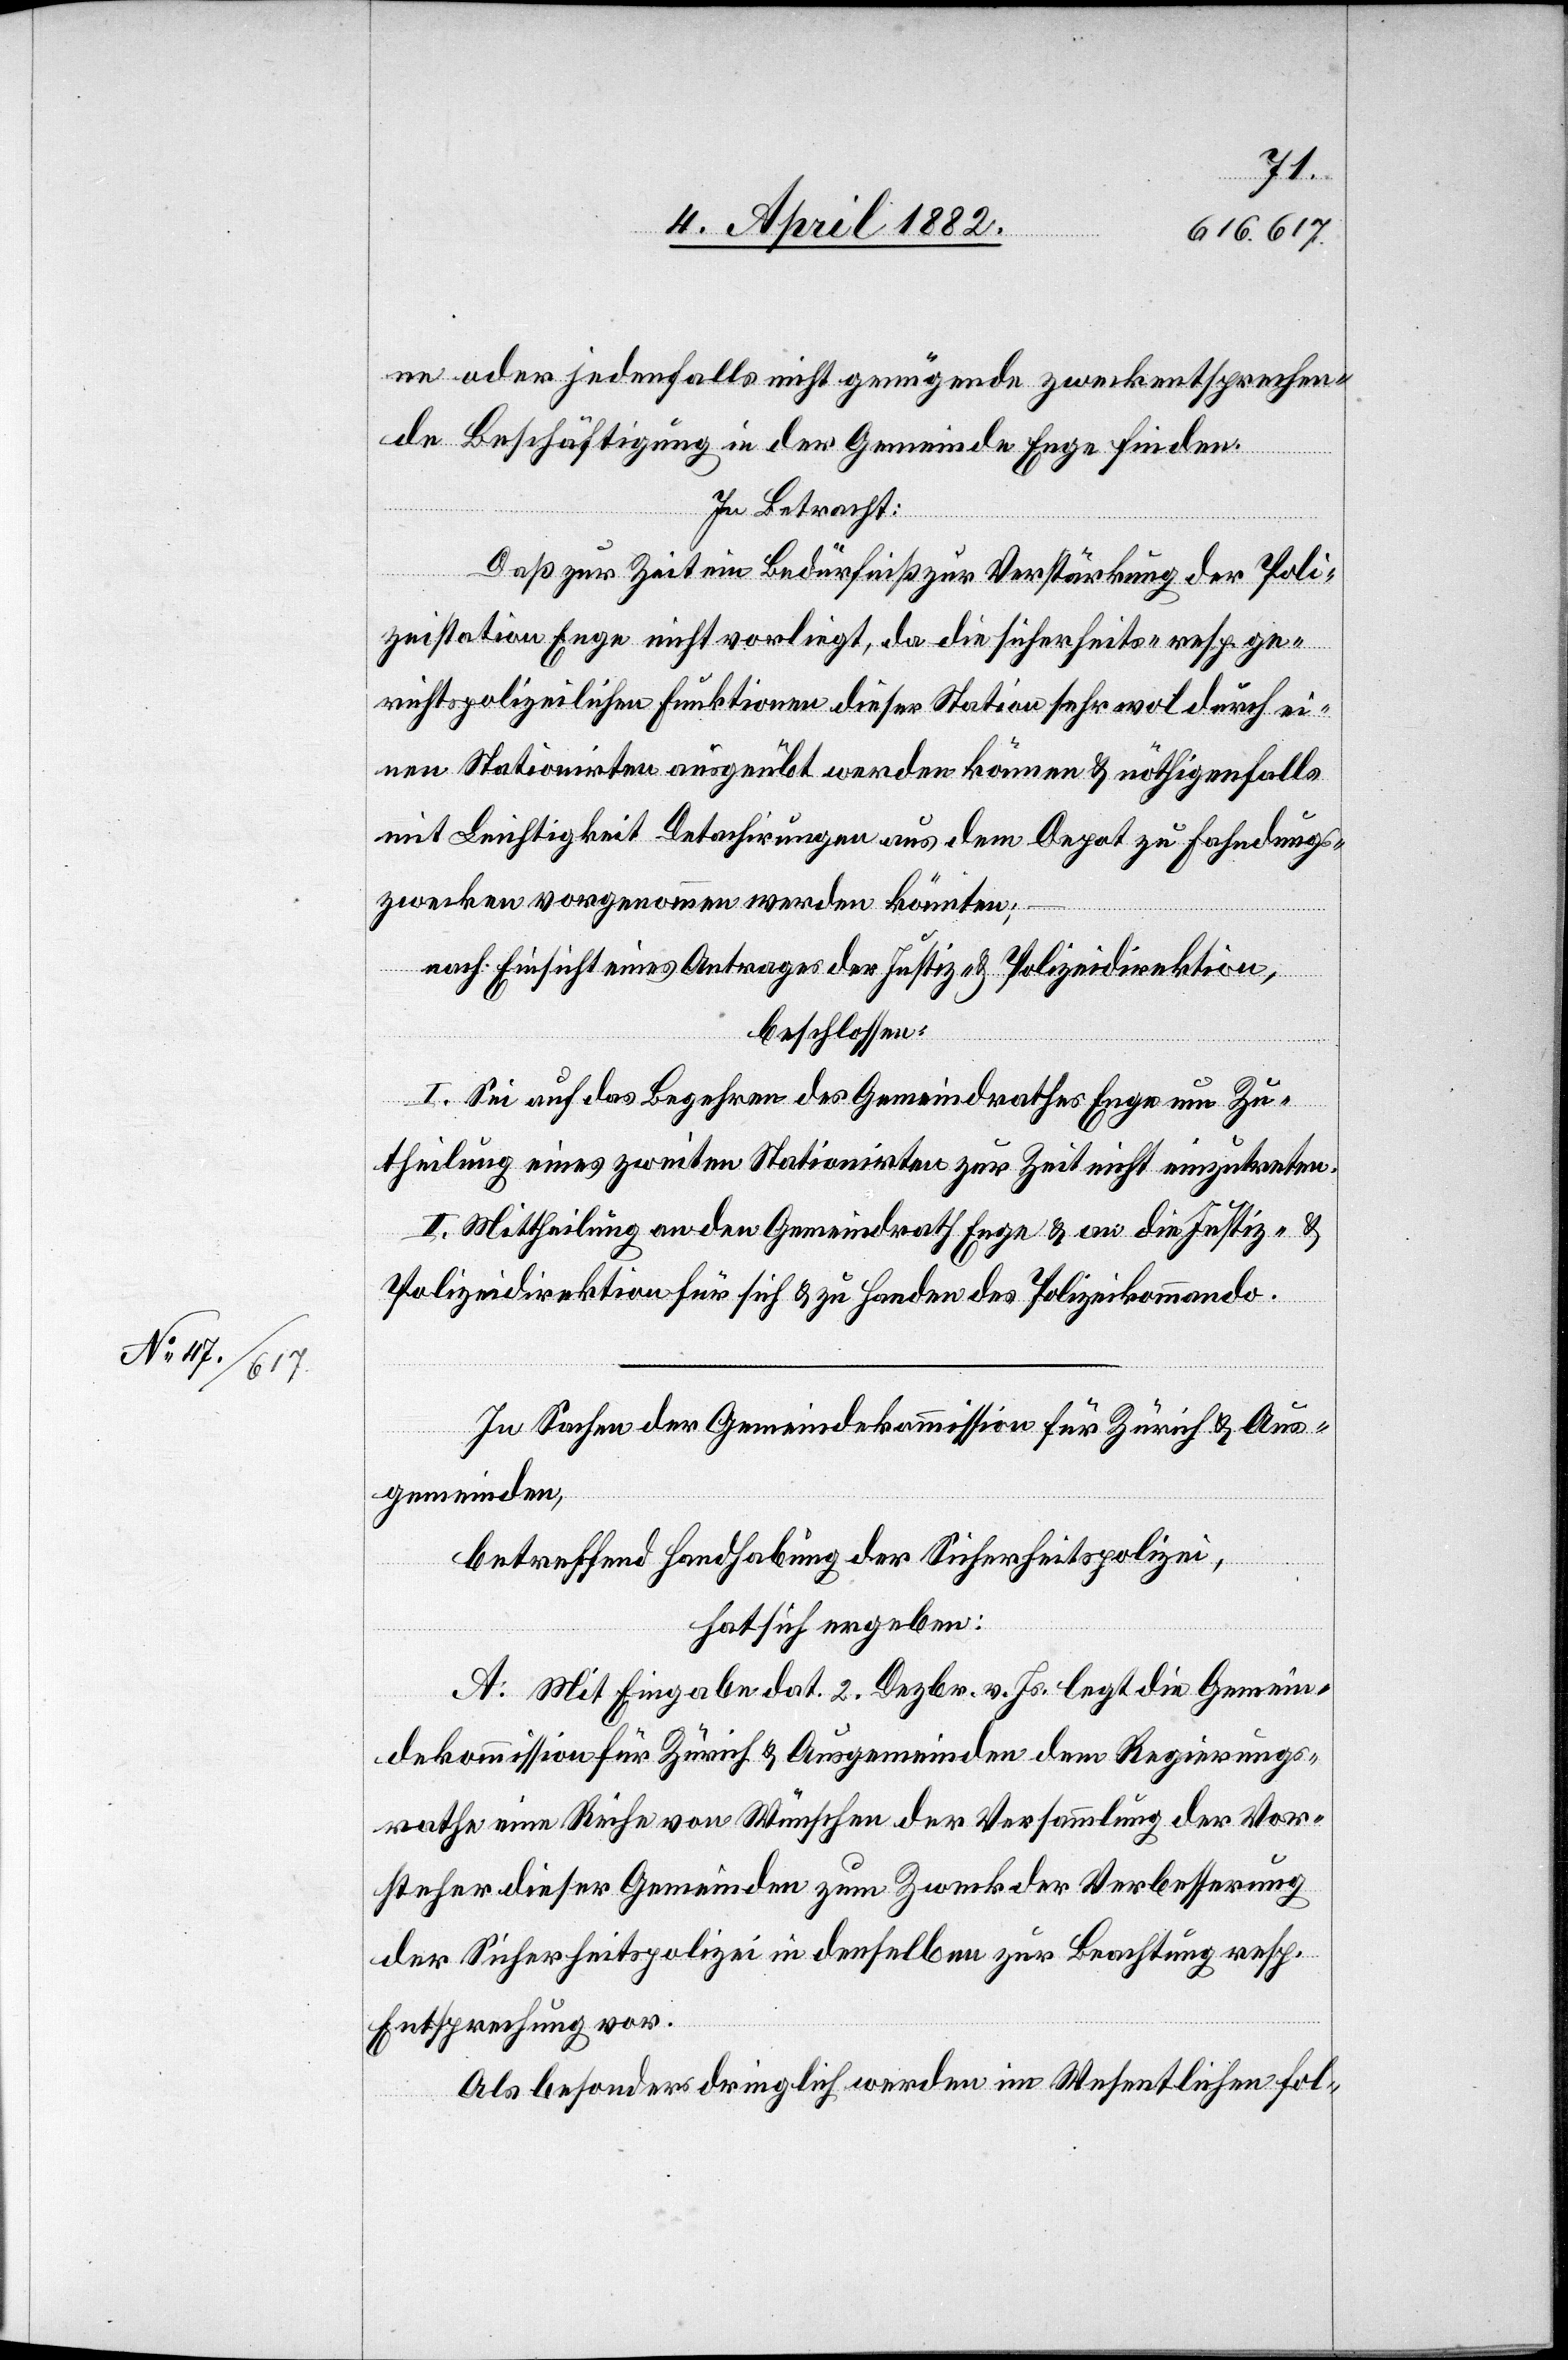
ne oder jedenfalls nicht genügende zweckentsprechen¬
de Beschäftigung in der Gemeinde Enge finden.
In Betracht:
Daß zur Zeit ein Bedürfniß zur Verstärkung der Poli¬
zeistation Enge nicht vorliegt, da die sicherheits- resp. ge¬
richtspolizeilichen Funktionen dieser Station sehr wol durch ei¬
nen Stationirten ausgeübt werden können & nöthigenfalls
mit Leichtigkeit Detachirungen aus dem Depot zu Fahndungs¬
zwecken vorgenommen werden könnten;
nach Einsicht eines Antrages der Justiz- & Polizeidirektion,
beschlossen:
I. Sei auf das Begehren des Gemeindrathes Enge um Zu¬
theilung eines zweiten Stationirten zur Zeit nicht einzutreten.
II. Mittheilung an den Gemeindrath Enge & an die Justiz- &
Polizeidirektion für sich & zu Handen des Polizeikommando.
In Sachen der Gemeindekommission für Zürich & Aus¬
gemeinden,
betreffend Handhabung der Sicherheitspolizei,
hat sich ergeben:
A. Mit Eingabe dat. 2. Dezbr. v. Js. legt die Gemein¬
dekommission für Zürich & Ausgemeinden dem Regierungs¬
rathe eine Reihe von Wünschen der Versammlung der Vor¬
steher dieser Gemeinden zum Zweck der Verbesserung
der Sicherheitspolizei in denselben zur Beachtung resp.
Entsprechung vor.
Als besonders dringlich werden im Wesentlichen fol-